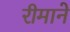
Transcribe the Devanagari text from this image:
रीमाने